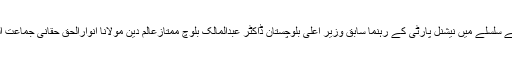
درایں اثناء علامہ مقصود علی ڈومکی نے فلسطین کانفرنس کے سلسلے میں نیشنل پارٹی کے رہنما سابق وزیر اعلی بلوچستان ڈاکٹر عبدالمالک بلوچ ممتازعالم دین مولانا انوارالحق حقانی جماعت الدعوہ کے صوبائی امیر مولانا رانا محمد اشفاق کو دعوت دی۔